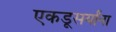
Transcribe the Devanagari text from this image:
एकडूसर्यांना